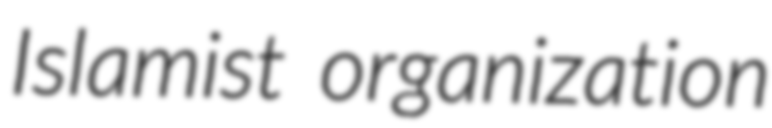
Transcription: Islamist organization